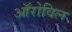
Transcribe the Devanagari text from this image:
ऑरोविल